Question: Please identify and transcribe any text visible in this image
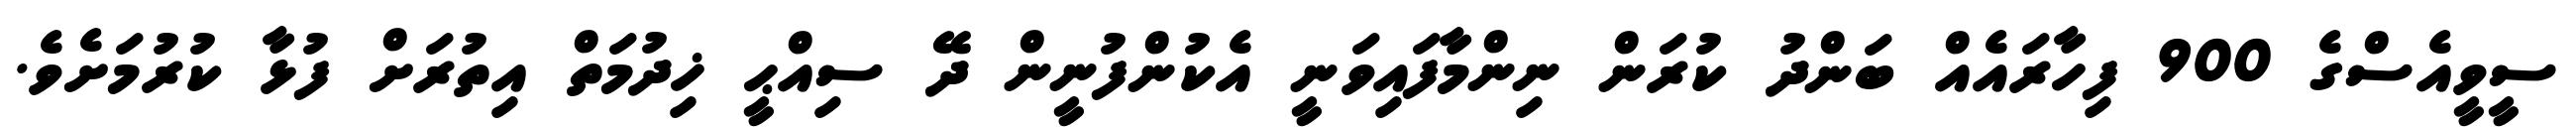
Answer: ސީވީއެސްގެ 900 ފިހާރައެއް ބަންދު ކުރަން ނިންމާފައިވަނީ އެކުންފުނީން ދޭ ސިއްޙީ ޚިދުމަތް އިތުރަށް ފުޅާ ކުރުމަށެވެ.